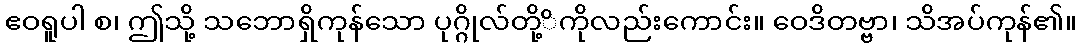
ဧဝရူပါ စ၊ ဤသို့ သဘောရှိကုန်သော ပုဂ္ဂိုလ်တို့ိကိုလည်းကောင်း။ ဝေဒိတဗ္ဗာ၊ သိအပ်ကုန်၏။